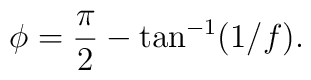
{\cal \phi} = \frac{\pi}{2} - \tan^{-1}(1/f).